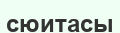
сюитасы